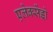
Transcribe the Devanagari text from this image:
एलेक्सेंड्रो